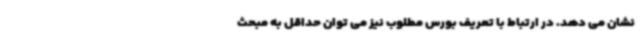
نشان می دهد. در ارتباط با تعریف بورس مطلوب نیز می توان حداقل به مبحث